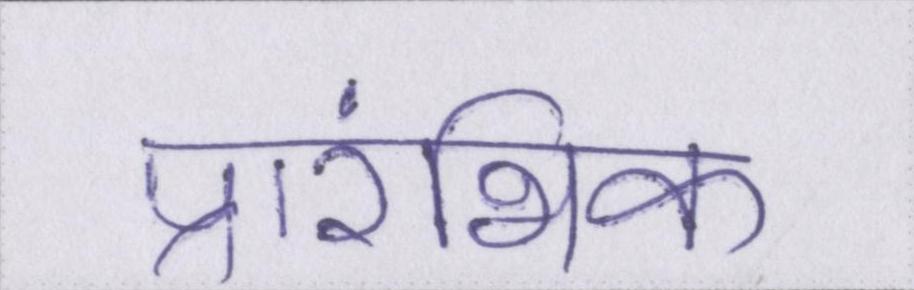
प्रारंभिक